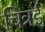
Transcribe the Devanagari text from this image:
चित्रई